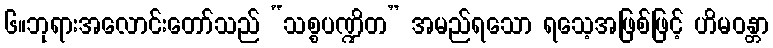
၆။ဘုရားအလောင်းတော်သည် “သစ္စပဏ္ဍိတ” အမည်ရသော ရသေ့အဖြစ်ဖြင့် ဟိမဝန္တာ